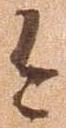
今